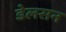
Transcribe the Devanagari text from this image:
डेलसन